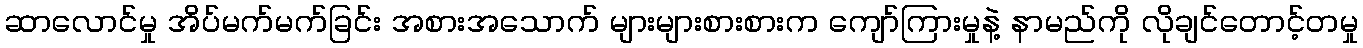
ဆာလောင်မှု အိပ်မက်မက်ခြင်း အစားအသောက် များများစားစားက ကျော်ကြားမှုနဲ့ နာမည်ကို လိုချင်တောင့်တမှု